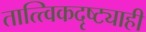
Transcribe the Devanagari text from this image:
तात्त्विकदृष्ट्याही